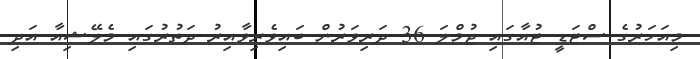
މިއަހަރުގެ ސްޓަޑީ ޓުއާގައި ޖުމްލަ 36 ދަރިވަރުން ބައިވެރިވާއިރު ދަތުރުގައި މެލޭޝިއާ އަދި